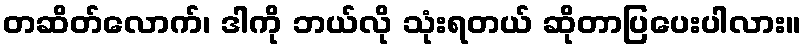
တဆိတ်လောက်၊ ဒါကို ဘယ်လို သုံးရတယ် ဆိုတာပြပေးပါလား။